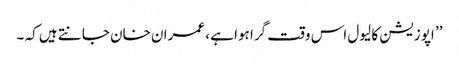
’’ اپوزیشن کا لیول اس وقت گرا ہوا ہے ، عمران خان جانتے ہیں کہ ۔